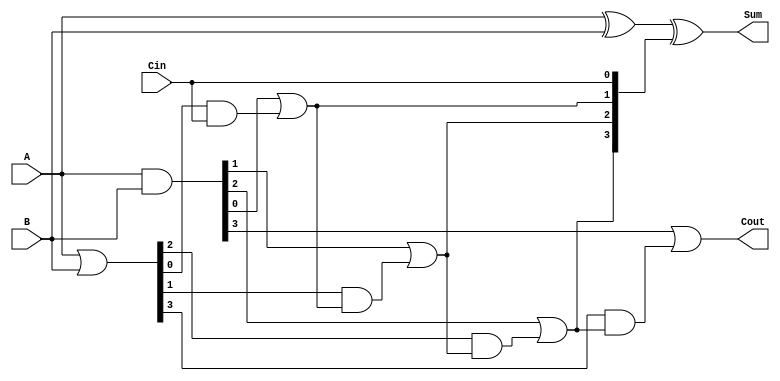
module Ling_Adder #(parameter n = 4) (
    input  [n-1:0] A,     // n-bit input A
    input  [n-1:0] B,     // n-bit input B
    input          Cin,    // Carry input
    output [n-1:0] Sum,    // n-bit sum output
    output         Cout     // Carry output
);

    // Generate and Propagate signals
    wire [n-1:0] G; // Generate
    wire [n-1:0] P; // Propagate
    wire [n:0] C;   // Carry signals

    // Generate and Propagate calculations
    assign G = A & B;                // G[i] = A[i] & B[i]
    assign P = A | B;                // P[i] = A[i] | B[i]

    // Carry calculations
    assign C[0] = Cin;               // C[0] = Cin

    genvar i;
    generate
        for (i = 1; i <= n; i = i + 1) begin: carry_logic
            assign C[i] = G[i-1] | (P[i-1] & C[i-1]);  // C[i] = G[i-1] | (P[i-1] & C[i-1])
        end
    endgenerate

    // Sum calculation
    assign Sum = A ^ B ^ C[n-1:0];   // Sum[i] = A[i] ^ B[i] ^ C[i]

    // Final Carry Out
    assign Cout = G[n-1] | (P[n-1] & C[n-1]); // Cout = G[n-1] | (P[n-1] & C[n-1])

endmodule